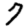
Digit: 7